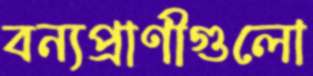
বন্যপ্রাণীগুলো